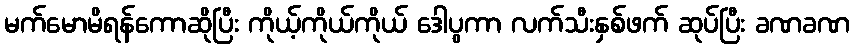
မက်မောမိရန်ကောဆိုပြီး ကိုယ့်ကိုယ်ကိုယ် ဒေါပွကာ လက်သီးနှစ်ဖက် ဆုပ်ပြီး ခဏခဏ